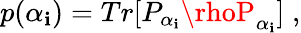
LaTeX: p(\alpha_{\mathbf{i}})=Tr[P_{\alpha_{\mathbf{i}}}\rhoP_{\alpha_{\mathbf{i}}}]\; ,